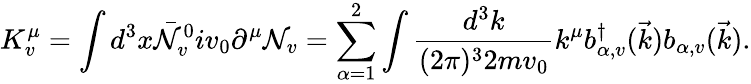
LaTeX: K_{v}^{\mu}=\int d^{3}x\bar{\cal N}_{v}^{0}iv_{0}\partial^{\mu}{\cal N}_{v}=\sum_{\alpha=1}^{2}\int\frac{d^{3}k}{(2\pi)^{3}2mv_{0}}k^{\mu}b_{\alpha,v}^{\dagger}(\vec{k})b_{\alpha,v}(\vec{k}).